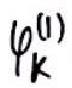
\(\varphi_{k}^{(1)}\)